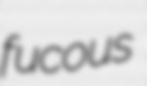
fucous